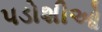
પડોશીઓ